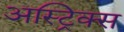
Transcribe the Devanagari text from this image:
अस्ट्रिक्स